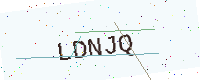
Text: LDNJQ